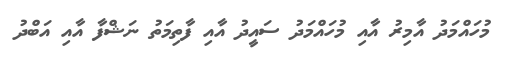
މުހައްމަދު އާމިރު އާއި މުހައްމަދު ސައީދު އާއި ފާތިމަތު ނަޝްފާ އާއި އަބްދު